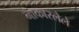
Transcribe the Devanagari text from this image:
नाकारलेले